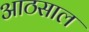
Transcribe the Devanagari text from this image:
आठसाल